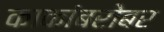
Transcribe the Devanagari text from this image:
काकांबरोबर